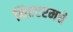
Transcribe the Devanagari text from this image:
थिएटरमधे